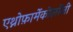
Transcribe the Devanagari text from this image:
एथ्नोफ़ार्मेकोलॉजी